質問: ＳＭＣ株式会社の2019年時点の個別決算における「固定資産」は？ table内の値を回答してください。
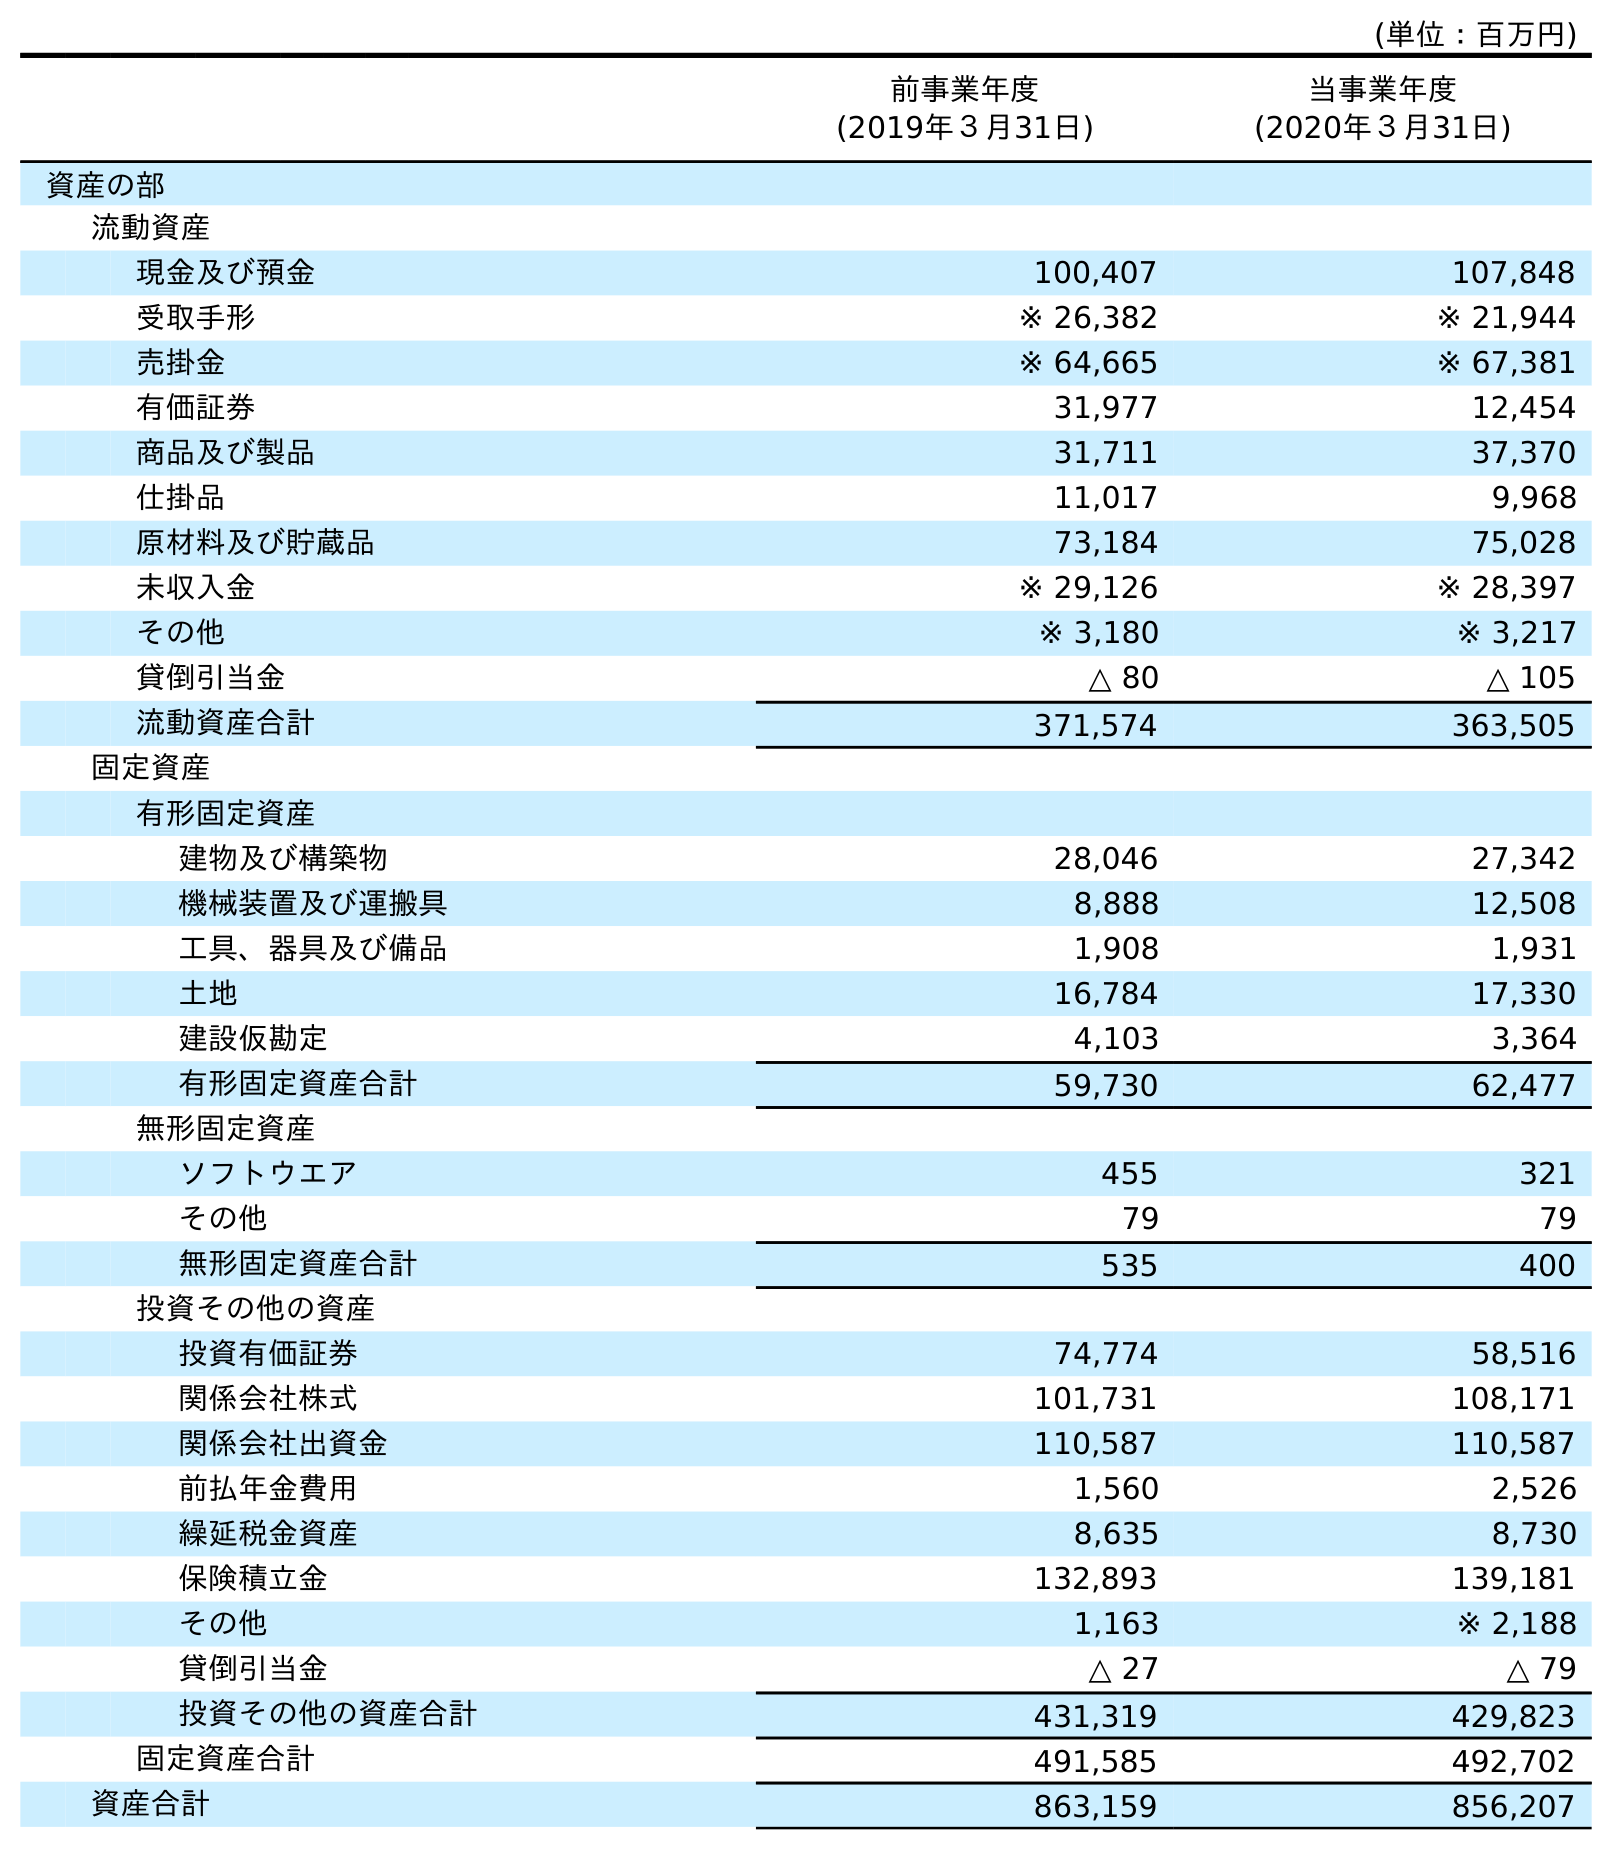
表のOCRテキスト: (単位：百万円) 前事業年度 (2019年３月31日) 当事業年度 (2020年３月31日) 資産の部 流動資産 現金及び預金 100,407 107,848 受取手形 ※ 26,382 ※ 21,944 売掛金 ※ 64,665 ※ 67,381 有価証券 31,977 12,454 商品及び製品 31,711 37,370 仕掛品 11,017 9,968 原材料及び貯蔵品 73,184 75,028 未収入金 ※ 29,126 ※ 28,397 その他 ※ 3,180 ※ 3,217 貸倒引当金 △ 80 △ 105 流動資産合計 371,574 363,505 固定資産 有形固定資産 建物及び構築物 28,046 27,342 機械装置及び運搬具 8,888 12,508 工具、器具及び備品 1,908 1,931 土地 16,784 17,330 建設仮勘定 4,103 3,364 有形固定資産合計 59,730 62,477 無形固定資産 ソフトウエア 455 321 その他 79 79 無形固定資産合計 535 400 投資その他の資産 投資有価証券 74,774 58,516 関係会社株式 101,731 108,171 関係会社出資金 110,587 110,587 前払年金費用 1,560 2,526 繰延税金資産 8,635 8,730 保険積立金 132,893 139,181 その他 1,163 ※ 2,188 貸倒引当金 △ 27 △ 79 投資その他の資産合計 431,319 429,823 固定資産合計 491,585 492,702 資産合計 863,159 856,207
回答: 491,585